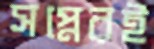
সপ্নেরই